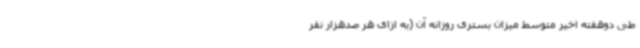
طی دوهفته اخیر متوسط میزان بستری روزانه آن (به ازای هر صدهزار نفر